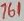
Text: 761